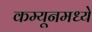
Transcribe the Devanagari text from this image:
कम्यूनमध्ये